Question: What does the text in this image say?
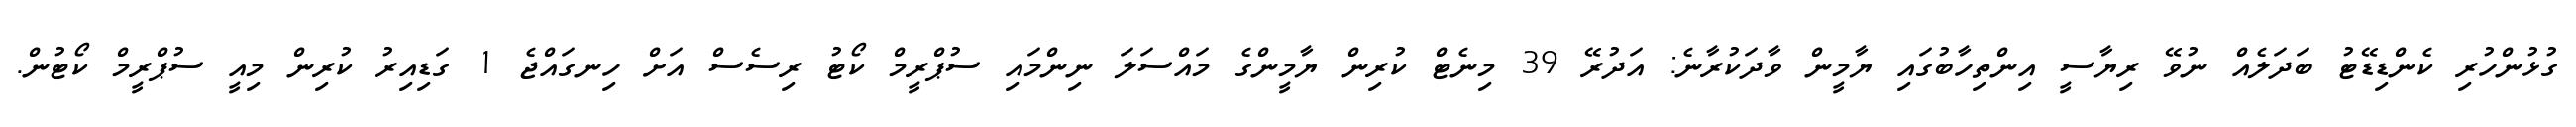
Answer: ގުޅުންހުރި ކެންޑިޑޭޓު ބަދަލެއް ނުވޭ ރިޔާސީ އިންތިހާބުގައި ޔާމީން ވާދަކުރާނެ: އަދުރޭ 39 މިނެޓް ކުރިން ޔާމީންގެ މައްސަލަ ނިންމައި ސުޕްރީމް ކޯޓު ރިސެސް އަށް ހިނގައްޖެ 1 ގަޑިއިރު ކުރިން މިއީ ސުޕްރީމް ކޯޓުން.